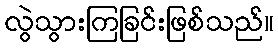
လွဲသွားကြခြင်းဖြစ်သည်။